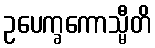
ဥပေက္ခကောသ္မီတိ